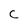
Character: c